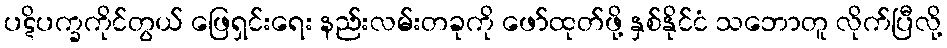
ပဋိပက္ခကိုင်တွယ် ဖြေရှင်းရေး နည်းလမ်းတခုကို ဖော်ထုတ်ဖို့ နှစ်နိုင်ငံ သဘောတူ လိုက်ပြီလို့